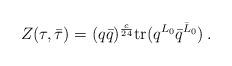
LaTeX: \begin{align*} Z(\tau,\bar{\tau}) = (q\bar q)^{\frac{c}{24}} {\rm tr}(q^{L_0}\bar q^{\bar L_0})\,.\end{align*}